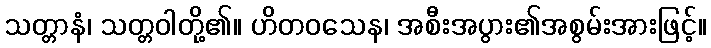
သတ္တာနံ၊ သတ္တဝါတို့၏။ ဟိတဝသေန၊ အစီးအပွား၏အစွမ်းအားဖြင့်။